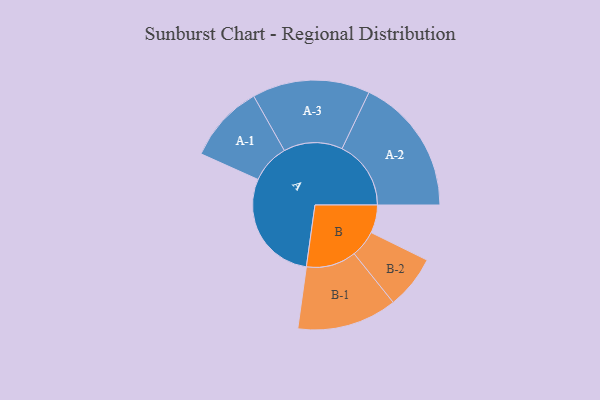
{"axis": {"x": "Segment", "y": "Value"}, "legend": ["", "A", "B"], "data": [{"x": "A", "y": 475, "type": ""}, {"x": "B", "y": 117, "type": ""}, {"x": "A-1", "y": 163, "type": "A"}, {"x": "A-2", "y": 288, "type": "A"}, {"x": "A-3", "y": 246, "type": "A"}, {"x": "B-1", "y": 209, "type": "B"}, {"x": "B-2", "y": 112, "type": "B"}]}